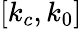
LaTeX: [k_{c},k_{0}]